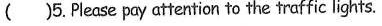
( )5.Please pay attention to the traffic lights.